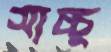
সাচ্চু